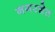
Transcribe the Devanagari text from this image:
नगरशेठ